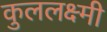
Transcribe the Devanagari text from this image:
कुललक्ष्मी